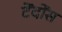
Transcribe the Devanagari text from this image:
टेंदोंस